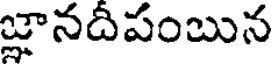
జ్ఞానదీపంబున